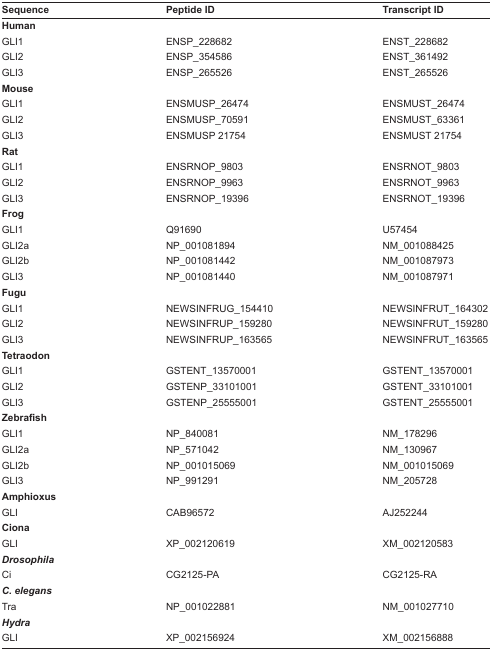
<table><thead><tr><td><b>Sequence</b></td><td><b>Peptide ID</b></td><td><b>Transcript ID</b></td></tr></thead><tbody><tr><td colspan="3"><b>Human</b></td></tr><tr><td>GLI1</td><td>ENSP_228682</td><td>ENST_228682</td></tr><tr><td>GLI2</td><td>ENSP_354586</td><td>ENST_361492</td></tr><tr><td>GLI3</td><td>ENSP_265526</td><td>ENST_265526</td></tr><tr><td colspan="3"><b>Mouse</b></td></tr><tr><td>GLI1</td><td>ENSMUSP_26474</td><td>ENSMUST_26474</td></tr><tr><td>GLI2</td><td>ENSMUSP_70591</td><td>ENSMUST_63361</td></tr><tr><td>GLI3</td><td>ENSMUSP 21754</td><td>ENSMUST 21754</td></tr><tr><td colspan="3"><b>Rat</b></td></tr><tr><td>GLI1</td><td>ENSRNOP_9803</td><td>ENSRNOT_9803</td></tr><tr><td>GLI2</td><td>ENSRNOP_9963</td><td>ENSRNOT_9963</td></tr><tr><td>GLI3</td><td>ENSRNOP_19396</td><td>ENSRNOT_19396</td></tr><tr><td colspan="3"><b>Frog</b></td></tr><tr><td>GLI1</td><td>Q91690</td><td>U57454</td></tr><tr><td>GLI2a</td><td>NP_001081894</td><td>NM_001088425</td></tr><tr><td>GLI2b</td><td>NP_001081442</td><td>NM_001087973</td></tr><tr><td>GLI3</td><td>NP_001081440</td><td>NM_001087971</td></tr><tr><td colspan="3"><b>Fugu</b></td></tr><tr><td>GLI1</td><td>NEWSINFRUG_154410</td><td>NEWSINFRUT_164302</td></tr><tr><td>GLI2</td><td>NEWSINFRUP_159280</td><td>NEWSINFRUT_159280</td></tr><tr><td>GLI3</td><td>NEWSINFRUP_163565</td><td>NEWSINFRUT_163565</td></tr><tr><td colspan="3"><b>Tetraodon</b></td></tr><tr><td>GLI1</td><td>GSTENT_13570001</td><td>GSTENT_13570001</td></tr><tr><td>GLI2</td><td>GSTENP_33101001</td><td>GSTENT_33101001</td></tr><tr><td>GLI3</td><td>GSTENP_25555001</td><td>GSTENT_25555001</td></tr><tr><td colspan="3"><b>Zebrafish</b></td></tr><tr><td>GLI1</td><td>NP_840081</td><td>NM_178296</td></tr><tr><td>GLI2a</td><td>NP_571042</td><td>NM_130967</td></tr><tr><td>GLI2b</td><td>NP_001015069</td><td>NM_001015069</td></tr><tr><td>GLI3</td><td>NP_991291</td><td>NM_205728</td></tr><tr><td colspan="3"><b>Amphioxus</b></td></tr><tr><td>GLI</td><td>CAB96572</td><td>AJ252244</td></tr><tr><td colspan="3"><b>Ciona</b></td></tr><tr><td>GLI</td><td>XP_002120619</td><td>XM_002120583</td></tr><tr><td colspan="3"><b><i>Drosophila</i></b></td></tr><tr><td>Ci</td><td>CG2125-PA</td><td>CG2125-RA</td></tr><tr><td colspan="3"><b><i>C. elegans</i></b></td></tr><tr><td>Tra</td><td>NP_001022881</td><td>NM_001027710</td></tr><tr><td colspan="3"><b><i>Hydra</i></b></td></tr><tr><td>GLI</td><td>XP_002156924</td><td>XM_002156888</td></tr></tbody></table>